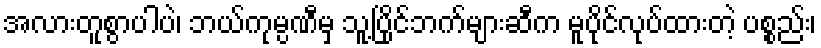
အလားတူစွာပါပဲ၊ ဘယ်ကုမ္ပဏီမှ သူ့ပြိုင်ဘက်များဆီက မူပိုင်လုပ်ထားတဲ့ ပစ္စည်း၊